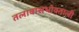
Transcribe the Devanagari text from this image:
तलावासभोवताली